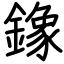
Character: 鐌